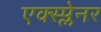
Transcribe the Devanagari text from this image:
एक्स्प्लेनर